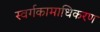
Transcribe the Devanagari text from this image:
स्वर्गकामाधिकरण